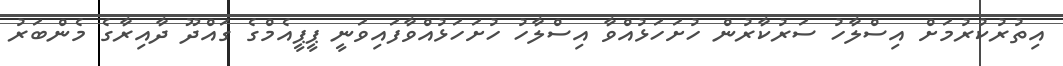
އިތުރުކުރުމަށް އިސްލާހު ސަރުކާރުން ހުށަހަޅުއްވާ އިސްލާހު ހުށަހަޅުއްވާފައިވަނީ ޕީޕީއެމްގެ ގައްދޫ ދާއިރާގެ މެންބަރު